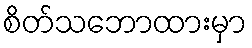
စိတ်သဘောထားမှာ